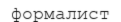
формалист